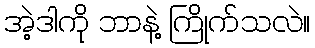
အဲ့ဒါကို ဘာနဲ့ ကြိုက်သလဲ။